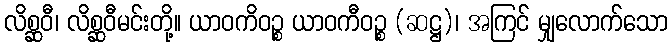
လိစ္ဆဝီ၊ လိစ္ဆဝီမင်းတို့။ ယာဝကိဝဉ္စ ယာဝကီဝဉ္စ (ဆဋ္ဌ)၊ အကြင် မျှလောက်သော